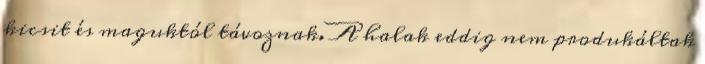
kicsit és maguktól távoznak. A halak eddig nem produkáltak